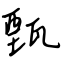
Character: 甄